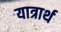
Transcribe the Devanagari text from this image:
यात्रार्थ